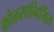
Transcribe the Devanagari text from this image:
कोळसानिर्मित